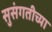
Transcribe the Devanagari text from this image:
सुसंगतीच्या